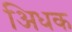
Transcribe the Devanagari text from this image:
अिधक